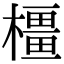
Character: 橿